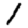
Digit: 1